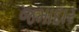
જમાદાર